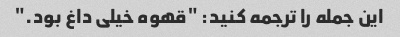
این جمله را ترجمه کنید: "قهوه خیلی داغ بود."